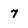
Character: 7